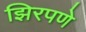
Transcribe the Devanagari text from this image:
झिरपणे